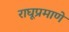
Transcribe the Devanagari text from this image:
राघूप्रमाणे